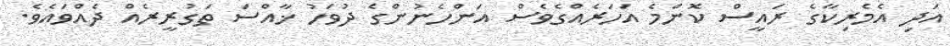
އަދި އެމެރިކާގެ ރައީސް ކޮންމެ އަހަރެއްގެވެސް އަންހެނުންގެ ދުވަހު ޚާއްސަ ތަގުރީރެއް ދެއްވައެވެ.